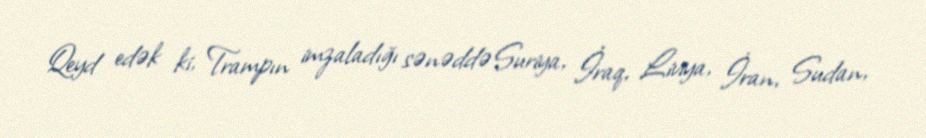
Qeyd edək ki, Trampın imzaladığı sənəddə Suriya, İraq, Liviya, İran, Sudan,